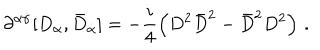
\partial ^ { \alpha \dot { \alpha } } [ D _ { \alpha } , \bar { D } _ { \dot { \alpha } } ] = - \frac { i } { 4 } \left( D ^ { 2 } \bar { D } ^ { 2 } - \bar { D } ^ { 2 } D ^ { 2 } \right) \, .